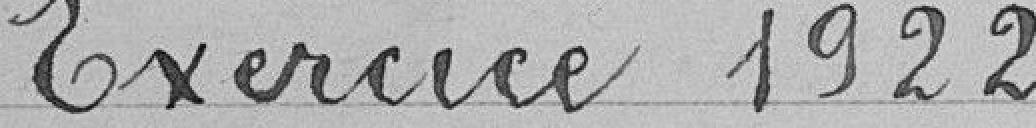
Excercice 1922